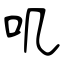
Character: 叽